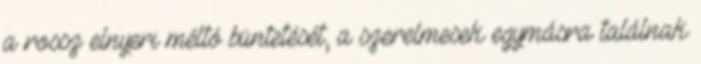
a rossz elnyeri méltó büntetését, a szerelmesek egymásra találnak